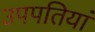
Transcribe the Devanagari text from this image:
उपपतियां